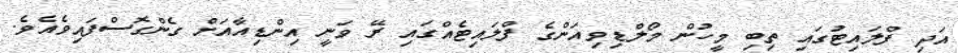
އަދި ފްލައިޓުގައި ތިބި މީހުން މޯލްޑިވިއަންގެ ފްލައިޓެއްގައި ރޭ ވަނީ އިންޑިއާއަށް ގެންގޮސްފައިވެއެވެ.